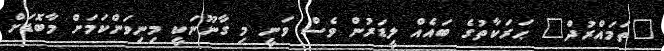
"ތަމައްރުދް" ޙަރަކާތުގެ ބައެއް ލީޑަރުން ވެސް ވަނީ މި ގާނޫނަކީ މިނިވަންކަމަށް މާބޮޑަށް